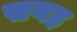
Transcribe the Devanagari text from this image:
सगह